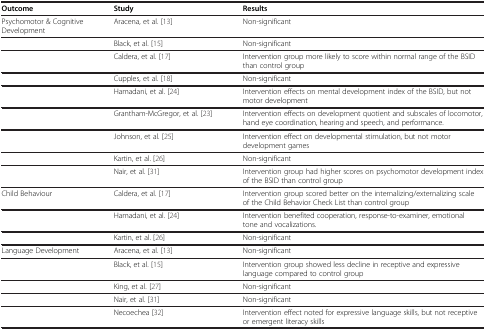
<table><thead><tr><td><b>Outcome</b></td><td><b>Study</b></td><td><b>Results</b></td></tr></thead><tbody><tr><td>Psychomotor &amp; Cognitive Development</td><td>Aracena, et al. [13]</td><td>Non-significant</td></tr><tr><td> </td><td>Black, et al. [15]</td><td>Non-significant</td></tr><tr><td> </td><td>Caldera, et al. [17]</td><td>Intervention group more likely to score within normal range of the BSID than control group</td></tr><tr><td> </td><td>Cupples, et al. [18]</td><td>Non-significant</td></tr><tr><td> </td><td>Hamadani, et al. [24]</td><td>Intervention effects on mental development index of the BSID, but not motor development</td></tr><tr><td> </td><td>Grantham-McGregor, et al. [23]</td><td>Intervention effects on development quotient and subscales of locomotor, hand eye coordination, hearing and speech, and performance.</td></tr><tr><td> </td><td>Johnson, et al. [25]</td><td>Intervention effect on developmental stimulation, but not motor development games</td></tr><tr><td> </td><td>Kartin, et al. [26]</td><td>Non-significant</td></tr><tr><td> </td><td>Nair, et al. [31]</td><td>Intervention group had higher scores on psychomotor development index of the BSID than control group</td></tr><tr><td>Child Behaviour</td><td>Caldera, et al. [17]</td><td>Intervention group scored better on the internalizing/externalizing scale of the Child Behavior Check List than control group</td></tr><tr><td> </td><td>Hamadani, et al. [24]</td><td>Intervention benefited cooperation, response-to-examiner, emotional tone and vocalizations.</td></tr><tr><td> </td><td>Kartin, et al. [26]</td><td>Non-significant</td></tr><tr><td>Language Development</td><td>Aracena, et al. [13]</td><td>Non-significant</td></tr><tr><td> </td><td>Black, et al. [15]</td><td>Intervention group showed less decline in receptive and expressive language compared to control group</td></tr><tr><td> </td><td>King, et al. [27]</td><td>Non-significant</td></tr><tr><td> </td><td>Nair, et al. [31]</td><td>Non-significant</td></tr><tr><td> </td><td>Necoechea [32]</td><td>Intervention effect noted for expressive language skills, but not receptive or emergent literacy skills</td></tr></tbody></table>